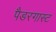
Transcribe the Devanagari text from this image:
पैडरगास्ट